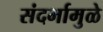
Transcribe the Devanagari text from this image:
संदर्भामुळे